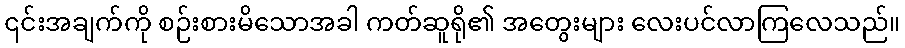
၎င်းအချက်ကို စဉ်းစားမိသောအခါ ကတ်ဆူရို၏ အတွေးများ လေးပင်လာကြလေသည်။